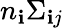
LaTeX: n_{\mathbf{i}}\Sigma_{\mathbf{i}j}